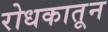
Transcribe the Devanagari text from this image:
रोधकातून